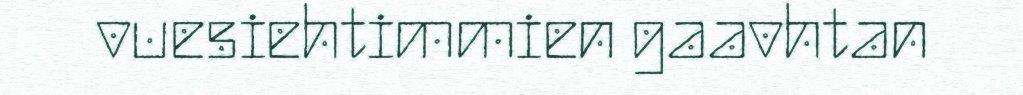
vuesiehtimmien gaavhtan